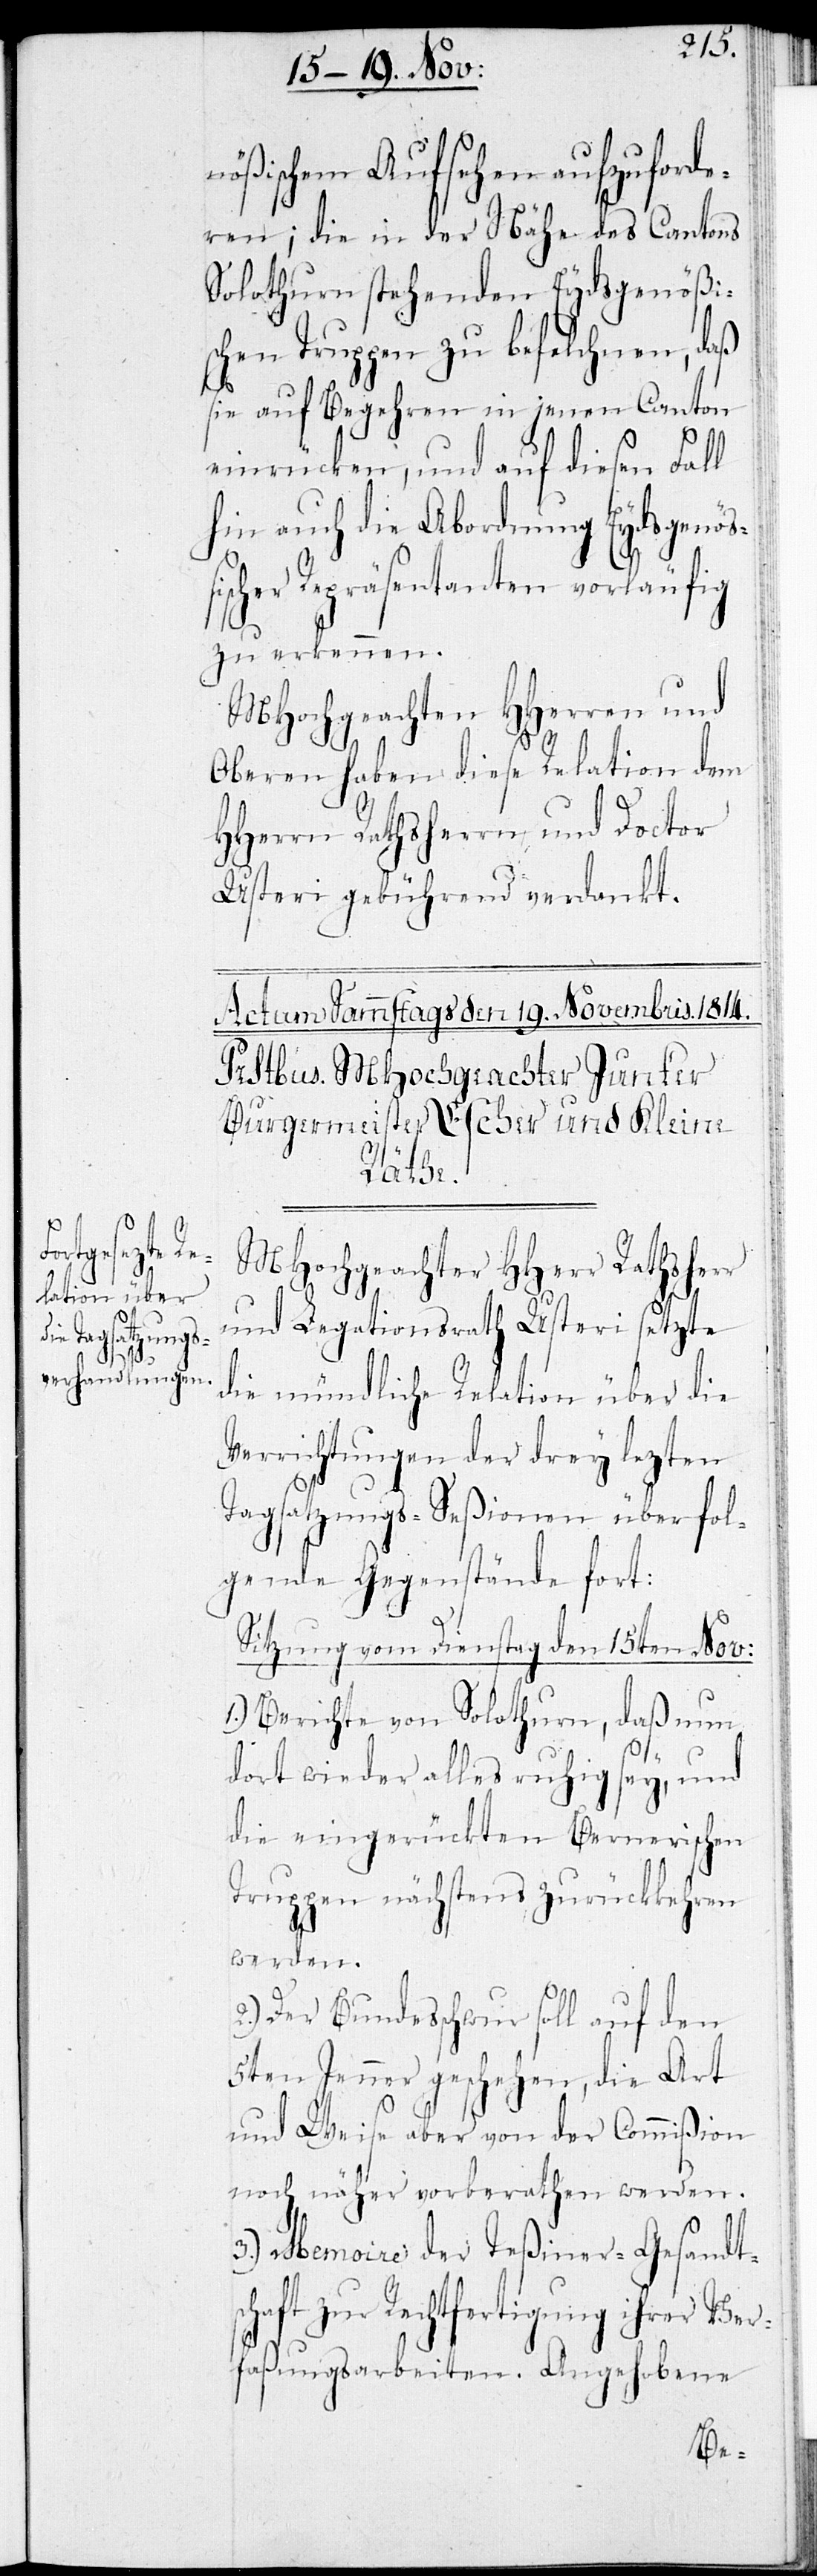
nößischem Aufsehen aufzuforde¬
ren; die in der Nähe des Cantons
Solothurn stehenden Eydsgenößis¬
chen Truppen zu befehlnen, daß
sie auf Begehren in jenen Canton
einrücken, und auf diesen Fall
hin auch die Abordnung Eydsgenöß¬
ischer Repräsentanten vorläufig
zu erkennen.
MHochgeachten HHerren und
Oberen haben diese Relation dem
HHerren Rathsherrn und Doctor
Usteri gebührend verdankt.
MHochgeachter HHerr Rathsherr
und Legationsrath Usteri setzte
die mündliche Relation über die
Verrichtungen der drey lezten
Tagsatzungs-Seßionen über fol¬
gende Gegenstände fort:
Sitzung vom Dienstag den 15ten Nov:
1.) Berichte von Solothurn, daß nun
dort wieder alles ruhig sey, und
die eingerückten Bernerischen
Truppen nächstens zurückkehren
werden.
2.) Der Bundesschwur soll auf den
5ten Jenner geschehen, die Art
und Weise aber von der Commißion
noch näher vorberathen werden.
3.) Memoire der Teßiner-Gesandt¬
schaft zur Rechtfertigung ihrer Ver¬
faßungsarbeiten. Angehobene